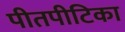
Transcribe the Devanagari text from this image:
पीतपीटिका